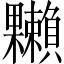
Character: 𣡙